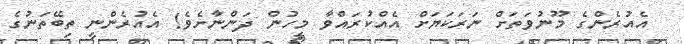
އެއުރެންގެ މޫނުވަތަށް ނަރަކަޔަށް އެއްކުރައްވާ މީހުން ދަންނާށެވެ! އެއުރެންނީ ތިބޭތަނުގެ